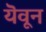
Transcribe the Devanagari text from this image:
यॆवून